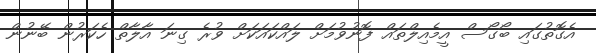
އެގޮތުގައި ބޯގޯސް އީމެއިލްތައް ފޮނުވުމަށް ލައްކައަކަށް ވުރެ ގިނަ އާލާތް ހެކަރުން ބޭނުން